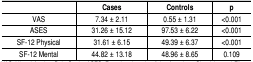
<table><thead><tr><td></td><td><b>Cases</b></td><td><b>Controls</b></td><td><b>p</b></td></tr></thead><tbody><tr><td>VAS</td><td>7.34 ± 2.11</td><td>0.55 ± 1.31</td><td>&lt;0.001</td></tr><tr><td>ASES</td><td>31.26 ± 15.12</td><td>97.53 ± 6.22</td><td>&lt;0.001</td></tr><tr><td>SF-12 Physical</td><td>31.61 ± 6.15</td><td>49.39 ± 6.37</td><td>&lt;0.001</td></tr><tr><td>SF-12 Mental</td><td>44.82 ± 13.18</td><td>48.96 ± 8.65</td><td>0.109</td></tr></tbody></table>